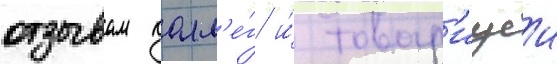
отзывам колл'е́г и́ товар'ищеи